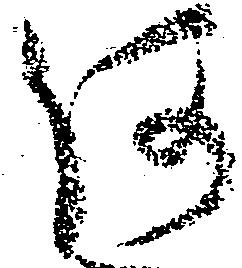
何